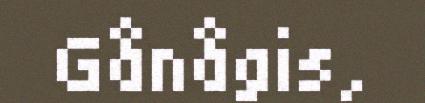
Gånågis,